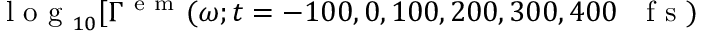
\mathrm { ~ l ~ o ~ g ~ } _ { 1 0 } [ \Gamma ^ { \mathrm { ~ e ~ m ~ } } ( \omega ; t = - 1 0 0 , 0 , 1 0 0 , 2 0 0 , 3 0 0 , 4 0 0 \mathrm { ~ ~ ~ f ~ s ~ } )